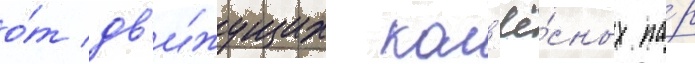
о́т дв'и́жущих кол'ё́сных па́р